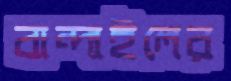
বান্দাইলের